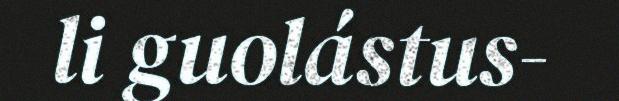
li guolástus-